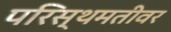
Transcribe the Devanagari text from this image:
परिस्थमतीवर